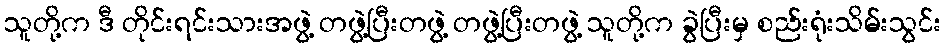
သူတို့က ဒီ တိုင်းရင်းသားအဖွဲ့ တဖွဲ့ပြီးတဖွဲ့ တဖွဲ့ပြီးတဖွဲ့ သူတို့က ခွဲပြီးမှ စည်းရုံးသိမ်းသွင်း